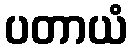
ပတာယံ